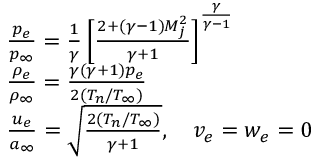
\begin{array} { r l } & { \frac { p _ { e } } { p _ { \infty } } = \frac { 1 } { \gamma } \left[ \frac { 2 + ( \gamma - 1 ) M _ { j } ^ { 2 } } { \gamma + 1 } \right] ^ { \frac { \gamma } { \gamma - 1 } } } \\ & { \frac { \rho _ { e } } { \rho _ { \infty } } = \frac { \gamma ( \gamma + 1 ) p _ { e } } { 2 ( T _ { n } / T _ { \infty } ) } } \\ & { \frac { u _ { e } } { a _ { \infty } } = \sqrt { \frac { 2 ( T _ { n } / T _ { \infty } ) } { \gamma + 1 } } , \quad v _ { e } = w _ { e } = 0 } \end{array}